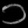
Digit: ၁